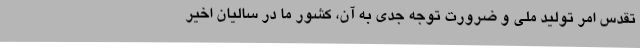
تقدس امر توليد ملي و ضرورت توجه جدي به آن، كشور ما در ساليان اخير